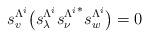
LaTeX: \begin{align*}s_v^{\Lambda^i}\big(s_\lambda^{\Lambda^i}{s_\nu^{\Lambda^i}}^*s_w^{\Lambda^i}\big)=0\end{align*}